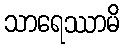
သာရေဿာမိ